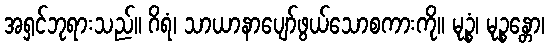
အရှင်ဘုရားသည်။ ဂိရံ၊ သာယာနာပျော်ဖွယ်သောစကားကို။ မုဉ္စံ၊ မုဉ္စန္တော၊